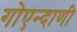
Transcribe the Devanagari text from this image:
गोएन्दाणी